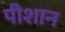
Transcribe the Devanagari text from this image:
पीशान